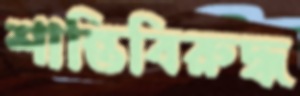
শান্তিবিরুদ্ধ